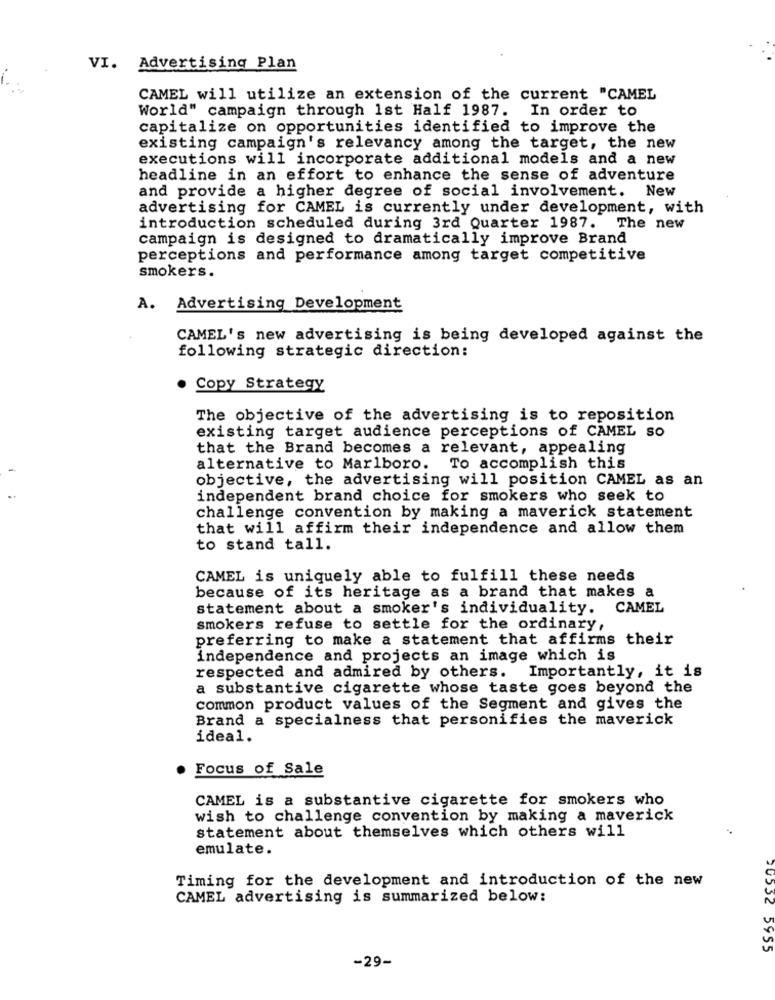
VI. Advertising Plan
CAMEL will utilize an extension of the current "CAMEL
World" campaign through 1st Half 1987. In order to
capitalize on opportunities identified to improve the
existing campaign's relevancy among the target, the new
executions will incorporate additional models and a new
headline in an effort to enhance the sense of adventure
and provide a higher degree of social involvement. New
advertising for CAMEL is currently under development, with
introduction scheduled during 3rd Quarter 1987. The new
campaign is designed to dramatically improve Brand
perceptions and performance among target competitive
smokers.
A. Advertising Development
CAMEL's new advertising is being developed against the
following strategic direction:
Copy Strategy
The objective of the advertising is to reposition
existing target audience perceptions of CAMEL SO
that the Brand becomes a relevant, appealing
alternative to Marlboro. To accomplish this
objective, the advertising will position CAMEL as an
independent brand choice for smokers who seek to
challenge convention by making a maverick statement
that will affirm their independence and allow them
to stand tall.
CAMEL is uniquely able to fulfill these needs
because of its heritage as a brand that makes a
statement about a smoker's individuality. CAMEL
smokers refuse to settle for the ordinary,
preferring to make a statement that affirms their
independence and projects an image which is
respected and admired by others. Importantly, it is
a substantive cigarette whose taste goes beyond the
common product values of the Segment and gives the
Brand a specialness that personifies the maverick
ideal.
Focus of Sale
CAMEL is a substantive cigarette for smokers who
wish to challenge convention by making a maverick
statement about themselves which others will
emulate.
Timing for the development and introduction of the new
CAMEL advertising is summarized below:
70552 5955
-29-